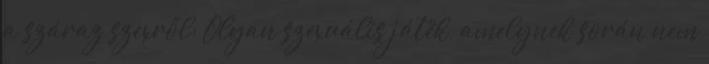
a száraz szexről: Olyan szexuális játék, amelynek során nem